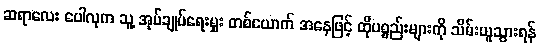
ဆရာလေး ပေါလုက သူ့ အုပ်ချုပ်ရေးမှူး တစ်ယောက် အနေဖြင့် ထိုပစ္စည်းများကို သိမ်းယူသွားရန်